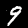
Digit: 9